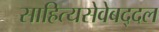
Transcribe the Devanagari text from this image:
साहित्यसेवेबद्दल